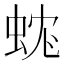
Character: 𧊼